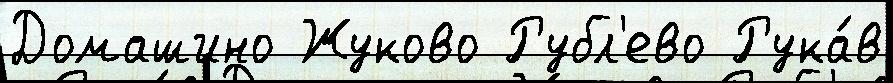
Домашино Жуково Рубл'ево Рука́в